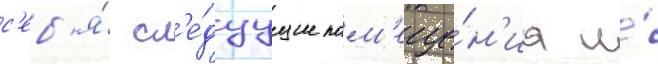
с'еб'я́ сл'е́дуущие пом'еще́н'иа и́